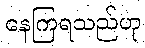
နေကြရသည်ဟု